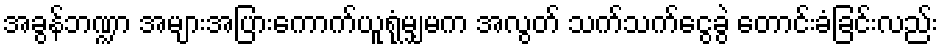
အခွန်ဘဏ္ဍာ အများအပြားကောက်ယူရုံမျှမက အလွတ် သက်သက်ငွေခွဲ တောင်းခံခြင်းလည်း